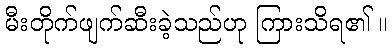
မီးတိုက်ဖျက်ဆီးခဲ့သည်ဟု ကြားသိရ၏ ။